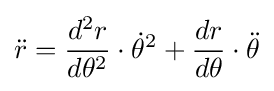
{\ddot {r}}={\frac {d^{2}r}{d\theta ^{2}}}\cdot {\dot {\theta }}^{2}+{\frac {dr}{d\theta }}\cdot {\ddot {\theta }}